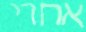
אחרי